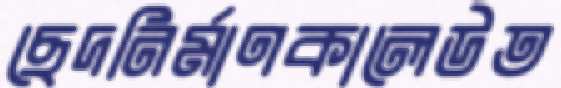
ছেদনির্মাণকালেউত